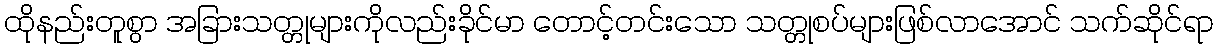
ထိုနည်းတူစွာ အခြားသတ္တုများကိုလည်းခိုင်မာ တောင့်တင်းသော သတ္တုစပ်များဖြစ်လာအောင် သက်ဆိုင်ရာ